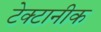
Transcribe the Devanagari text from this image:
टेक्टानीक